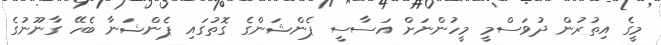
މީގެ އިތުރުން ދުވަސްމީ މީހުންނަށް އަސާސީ ޕެންޝަންގެ ގޮތުގައި ޕެންޝަނާ ބެހޭ ގާނޫނުގެ